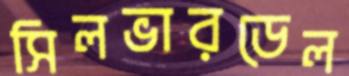
সিলভারডেল